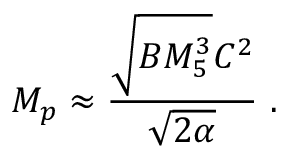
M _ { p } \approx { \frac { \sqrt { B M _ { 5 } ^ { 3 } } C ^ { 2 } } { \sqrt { 2 \alpha } } } \ .